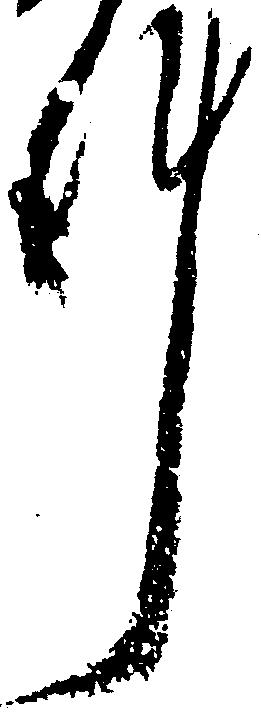
件